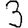
Digit: 3